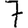
Digit: 7